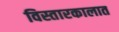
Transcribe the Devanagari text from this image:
विस्तारकालात